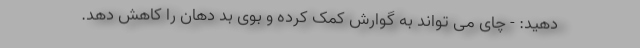
دهید: - چای می تواند به گوارش کمک کرده و بوی بد دهان را کاهش دهد.